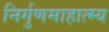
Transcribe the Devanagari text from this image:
निर्गुणमाहात्म्य